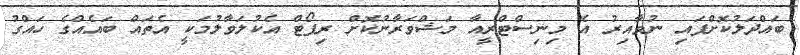
ބައްދަލުކޮށްފައި ނުވާއިރު އެ މިނިސްޓްރީއާ މަޝްވަރާނުކޮށް ރިޕޯޓް އެކުލަވާލުމަކީ އެތައް ބައެއްގެ ހައްގު